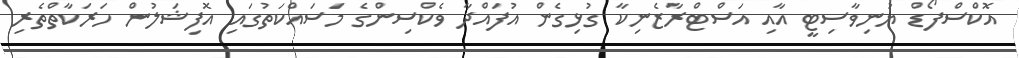
އޮކްސްފޯޑް ޔުނިވާސިޓީ އާއި އަސްޓްރާޒެނިކާ ގުޅިގެން އުފައްދާ ވެކްސިންގެ މަސައްކަތުގައި އޮފިޝަލުން ހަރަކާތްތެރި